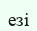
езі